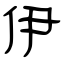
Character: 伊